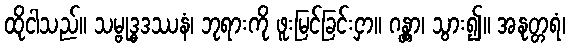
ထိုငါသည်။ သမ္ဗုဒ္ဓဒဿနံ၊ ဘုရားကို ဖူးမြင်ခြင်းငှာ။ ဂန္တွာ၊ သွား၍။ အနုတ္တရံ၊